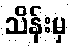
သိန်းမှ